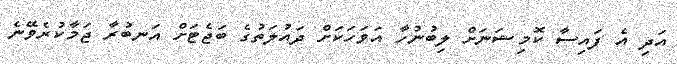
އަދި އެ ފައިސާ ކޮމިޝަނަށް ލިބުނުހާ އަވަހަކަށް ދައުލަތުގެ ބަޖެޓަށް އަނބުރާ ޖަމާކުރެވޭނެ